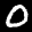
Label: 0